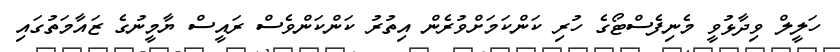
ހަލީލް ވިދާޅުވީ މެނިފެސްޓޯގެ ހުރި ކަންކަމަށްވުރެން އިތުރު ކަންކަންވެސް ރައީސް ޔާމީނުގެ ޒައާމަތުގައި